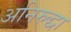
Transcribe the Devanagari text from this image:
अनिरुद्धा